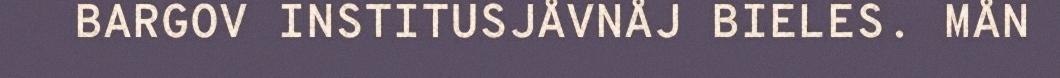
BARGOV INSTITUSJÅVNÅJ BIELES. MÅN